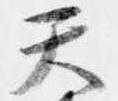
天